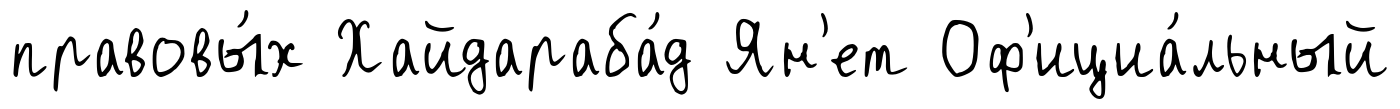
правовы́х Хайдараба́д Ян'ет Оф'ициа́льный